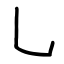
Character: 乚